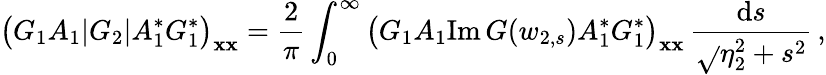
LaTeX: \big(G_{1}A_{1}|G_{2}|A_{1}^{*}G_{1}^{*}\big)_{\boldsymbol{\mathbf{x}}\boldsymbol{\mathbf{x}}}=\frac{{2}}{{\pi}}\int_{0}^{\infty}\big(G_{1}A_{1}\mathrm{{Im}}\, G(w_{2,s})A_{1}^{*}G_{1}^{*}\big)_{\boldsymbol{\mathbf{x}}\boldsymbol{\mathbf{x}}}\, \frac{{\mathrm{{d}}s}}{{\sqrt{}{{\eta_{2}^{2}+s^{2}}}}}\, ,